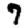
Digit: 7